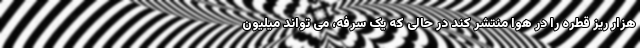
هزار ریز قطره را در هوا منتشر کند در حالی که یک سرفه، می تواند میلیون